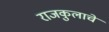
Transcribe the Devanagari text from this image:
राजकुलाचे